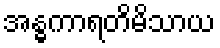
အန္ဓကာရတိမိသာယ